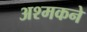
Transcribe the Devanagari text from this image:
अश्मकने